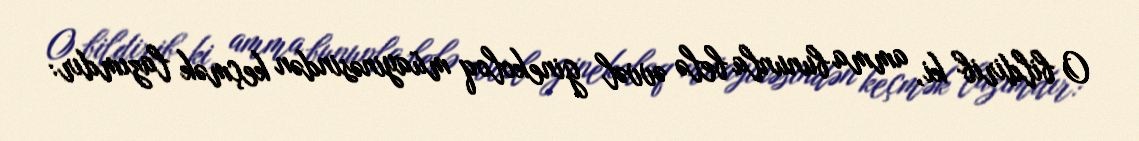
O bildirib ki, amma bununla belə əvvəl ginekoloq müayinəsindən keçmək lazımdır: